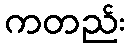
ကတည်း